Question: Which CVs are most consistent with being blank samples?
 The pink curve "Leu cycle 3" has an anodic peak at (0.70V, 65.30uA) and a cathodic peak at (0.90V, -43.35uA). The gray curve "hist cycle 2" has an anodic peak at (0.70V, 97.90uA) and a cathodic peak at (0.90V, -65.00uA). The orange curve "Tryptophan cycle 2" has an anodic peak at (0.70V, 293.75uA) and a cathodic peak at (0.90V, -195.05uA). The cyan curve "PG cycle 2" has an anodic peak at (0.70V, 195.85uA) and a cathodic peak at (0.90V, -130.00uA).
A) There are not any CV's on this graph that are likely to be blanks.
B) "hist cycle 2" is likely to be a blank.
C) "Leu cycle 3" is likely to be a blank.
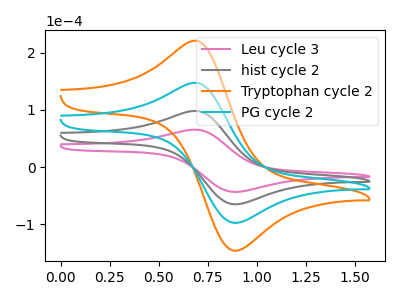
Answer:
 <answer>A) There are not any CV's on this graph that are likely to be blanks.</answer>
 <eval>A</eval>